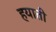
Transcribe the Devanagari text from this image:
हयाती